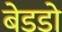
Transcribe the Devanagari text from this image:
बेडडो